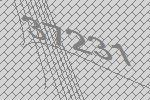
37231